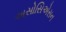
અસોસિએસન